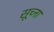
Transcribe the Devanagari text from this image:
सूच्ना